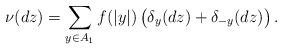
LaTeX: \begin{align*}\nu(dz)=\sum_{y\in A_1} f(|y|)\, \big( \delta_{y}(dz)+\delta_{-y}(dz)\big)\,.\end{align*}